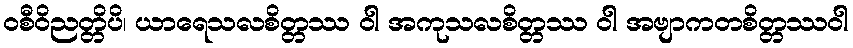
ဝစီဝိညတ္တိပိ၊ ယာရေသလစိတ္တဿ ဝါ အကုသလစိတ္တဿ ဝါ အဗျာကတစိတ္တဿဝါ